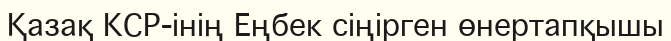
Қазақ КСР-інің Еңбек сіңірген өнертапқышы